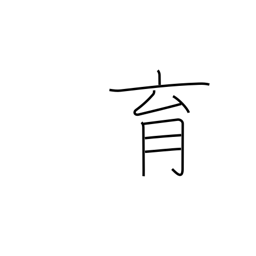
Meaning: bring up